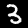
Digit: 3